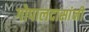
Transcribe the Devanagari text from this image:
गोपालदासांनी